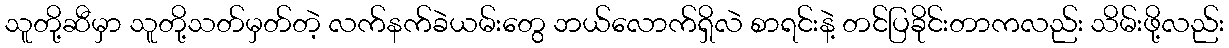
သူတို့ဆီမှာ သူတို့သတ်မှတ်တဲ့ လက်နက်ခဲယမ်းတွေ ဘယ်လောက်ရှိလဲ စာရင်းနဲ့ တင်ပြခိုင်းတာကလည်း သိမ်းဖို့လည်း